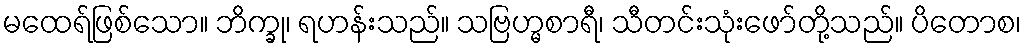
မထေရ်ဖြစ်သော။ ဘိက္ခု၊ ရဟန်းသည်။ သဗြဟ္မစာရီ၊ သီတင်းသုံးဖော်တို့သည်။ ပိတောစ၊